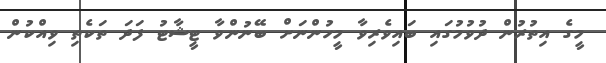
މީގެ އިތުރުން ދުވުމުގައި ބައިވެރިވާ މީހުންނަށް ބޭނުންވާ ޓީޝާޓު ފަދަ ތަކެތި ވިއްކުން